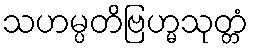
သဟမ္ပတိဗြဟ္မသုတ္တံ